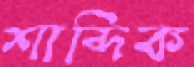
শাব্দিক